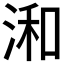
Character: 𣷓